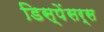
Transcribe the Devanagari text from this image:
डिस्पेंसर्स